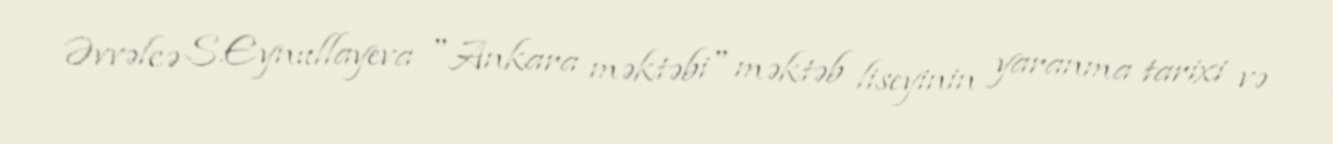
Əvvəlcə S.Eynullayeva "Ankara məktəbi" məktəb liseyinin yaranma tarixi və